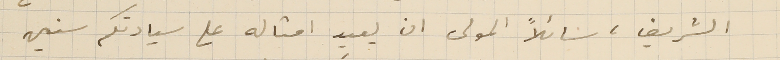
الشريف، سائلاً المولى ان يعيد امثاله على سيادتكم سنين